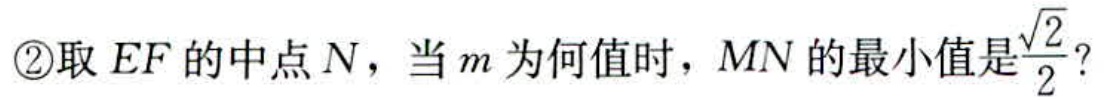
\textcircled{2}取 \(EF\) 的中点 \(N\)，当 \(m\) 为何值时，\(MN\) 的最小值是\(\frac{\sqrt{2}}{2}\)？